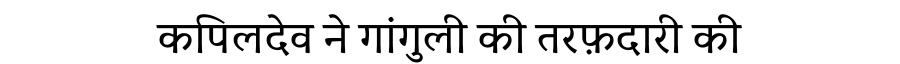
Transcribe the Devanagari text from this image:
कपिलदेव ने गांगुली की तरफ़दारी की